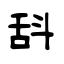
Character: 𣁳